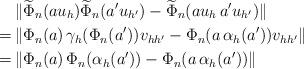
LaTeX: \begin{align*} & \lVert \widetilde{\Phi}_n(a u_h)\widetilde{\Phi}_n(a' u_{h'}) - \widetilde{\Phi}_n(au_h\,a'u_{h'}) \rVert \\=\,& \lVert \Phi_n(a)\,\gamma_h(\Phi_n(a')) v_{hh'}- \Phi_n(a\,\alpha_{h}(a')) v_{hh'}\rVert \\=\,& \lVert \Phi_n(a)\,\Phi_n(\alpha_h(a')) - \Phi_n(a\,\alpha_h(a')) \rVert \end{align*}